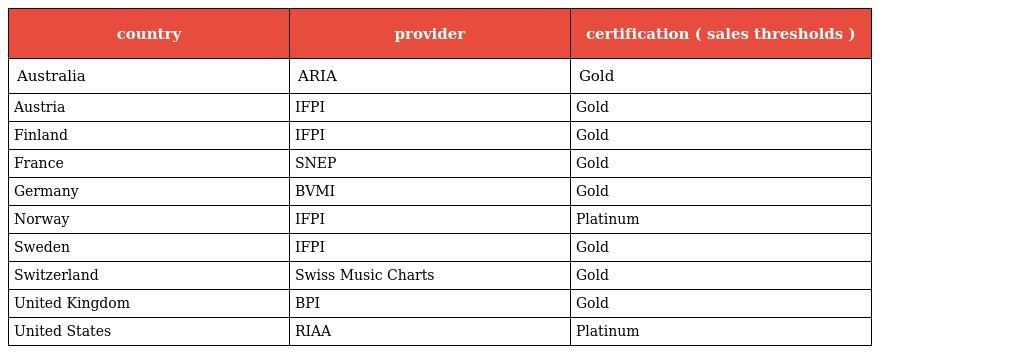
| country | provider | certification ( sales thresholds ) |
 | --- | --- | --- |
 | Australia | ARIA | Gold |
 | Austria | IFPI | Gold |
 | Finland | IFPI | Gold |
 | France | SNEP | Gold |
 | Germany | BVMI | Gold |
 | Norway | IFPI | Platinum |
 | Sweden | IFPI | Gold |
 | Switzerland | Swiss Music Charts | Gold |
 | United Kingdom | BPI | Gold |
 | United States | RIAA | Platinum |